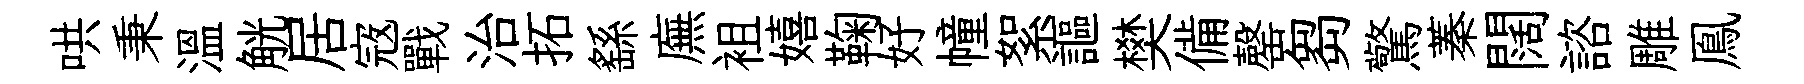
哄秉温觥居𡨥戰治拓繇廡袓嬉鞠好幢絮謳樊備罄芻驚蓁闊諮雕鳯